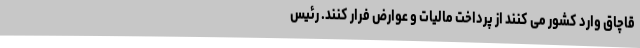
قاچاق وارد کشور می کنند از پرداخت مالیات و عوارض فرار کنند. رئیس